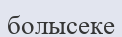
болысеке